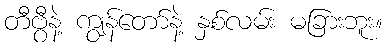
တီဗွီနဲ့ ကျွန်တော်နဲ့ နှစ်လမ်း မခြားဘူး။